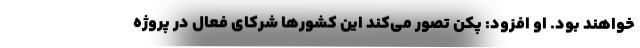
خواهند بود. او افزود: پکن تصور می‌کند این کشورها شرکای فعال در پروژه